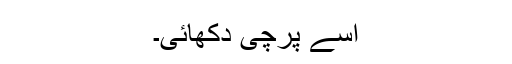
اسے پرچی دکھائی۔